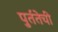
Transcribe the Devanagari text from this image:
पुर्ततेची